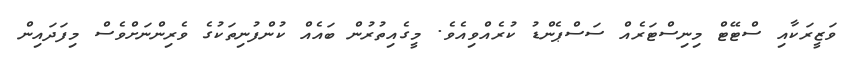
ވަޒީރަކާއި ސްޓޭޓް މިނިސްޓަރެއް ސަސްޕެންޑު ކުރެއްވިއެވެ. މީގެއިތުރުން ބައެއް ކުންފުނިތަކުގެ ވެރިންނަށްވެސް މިފަދައިން